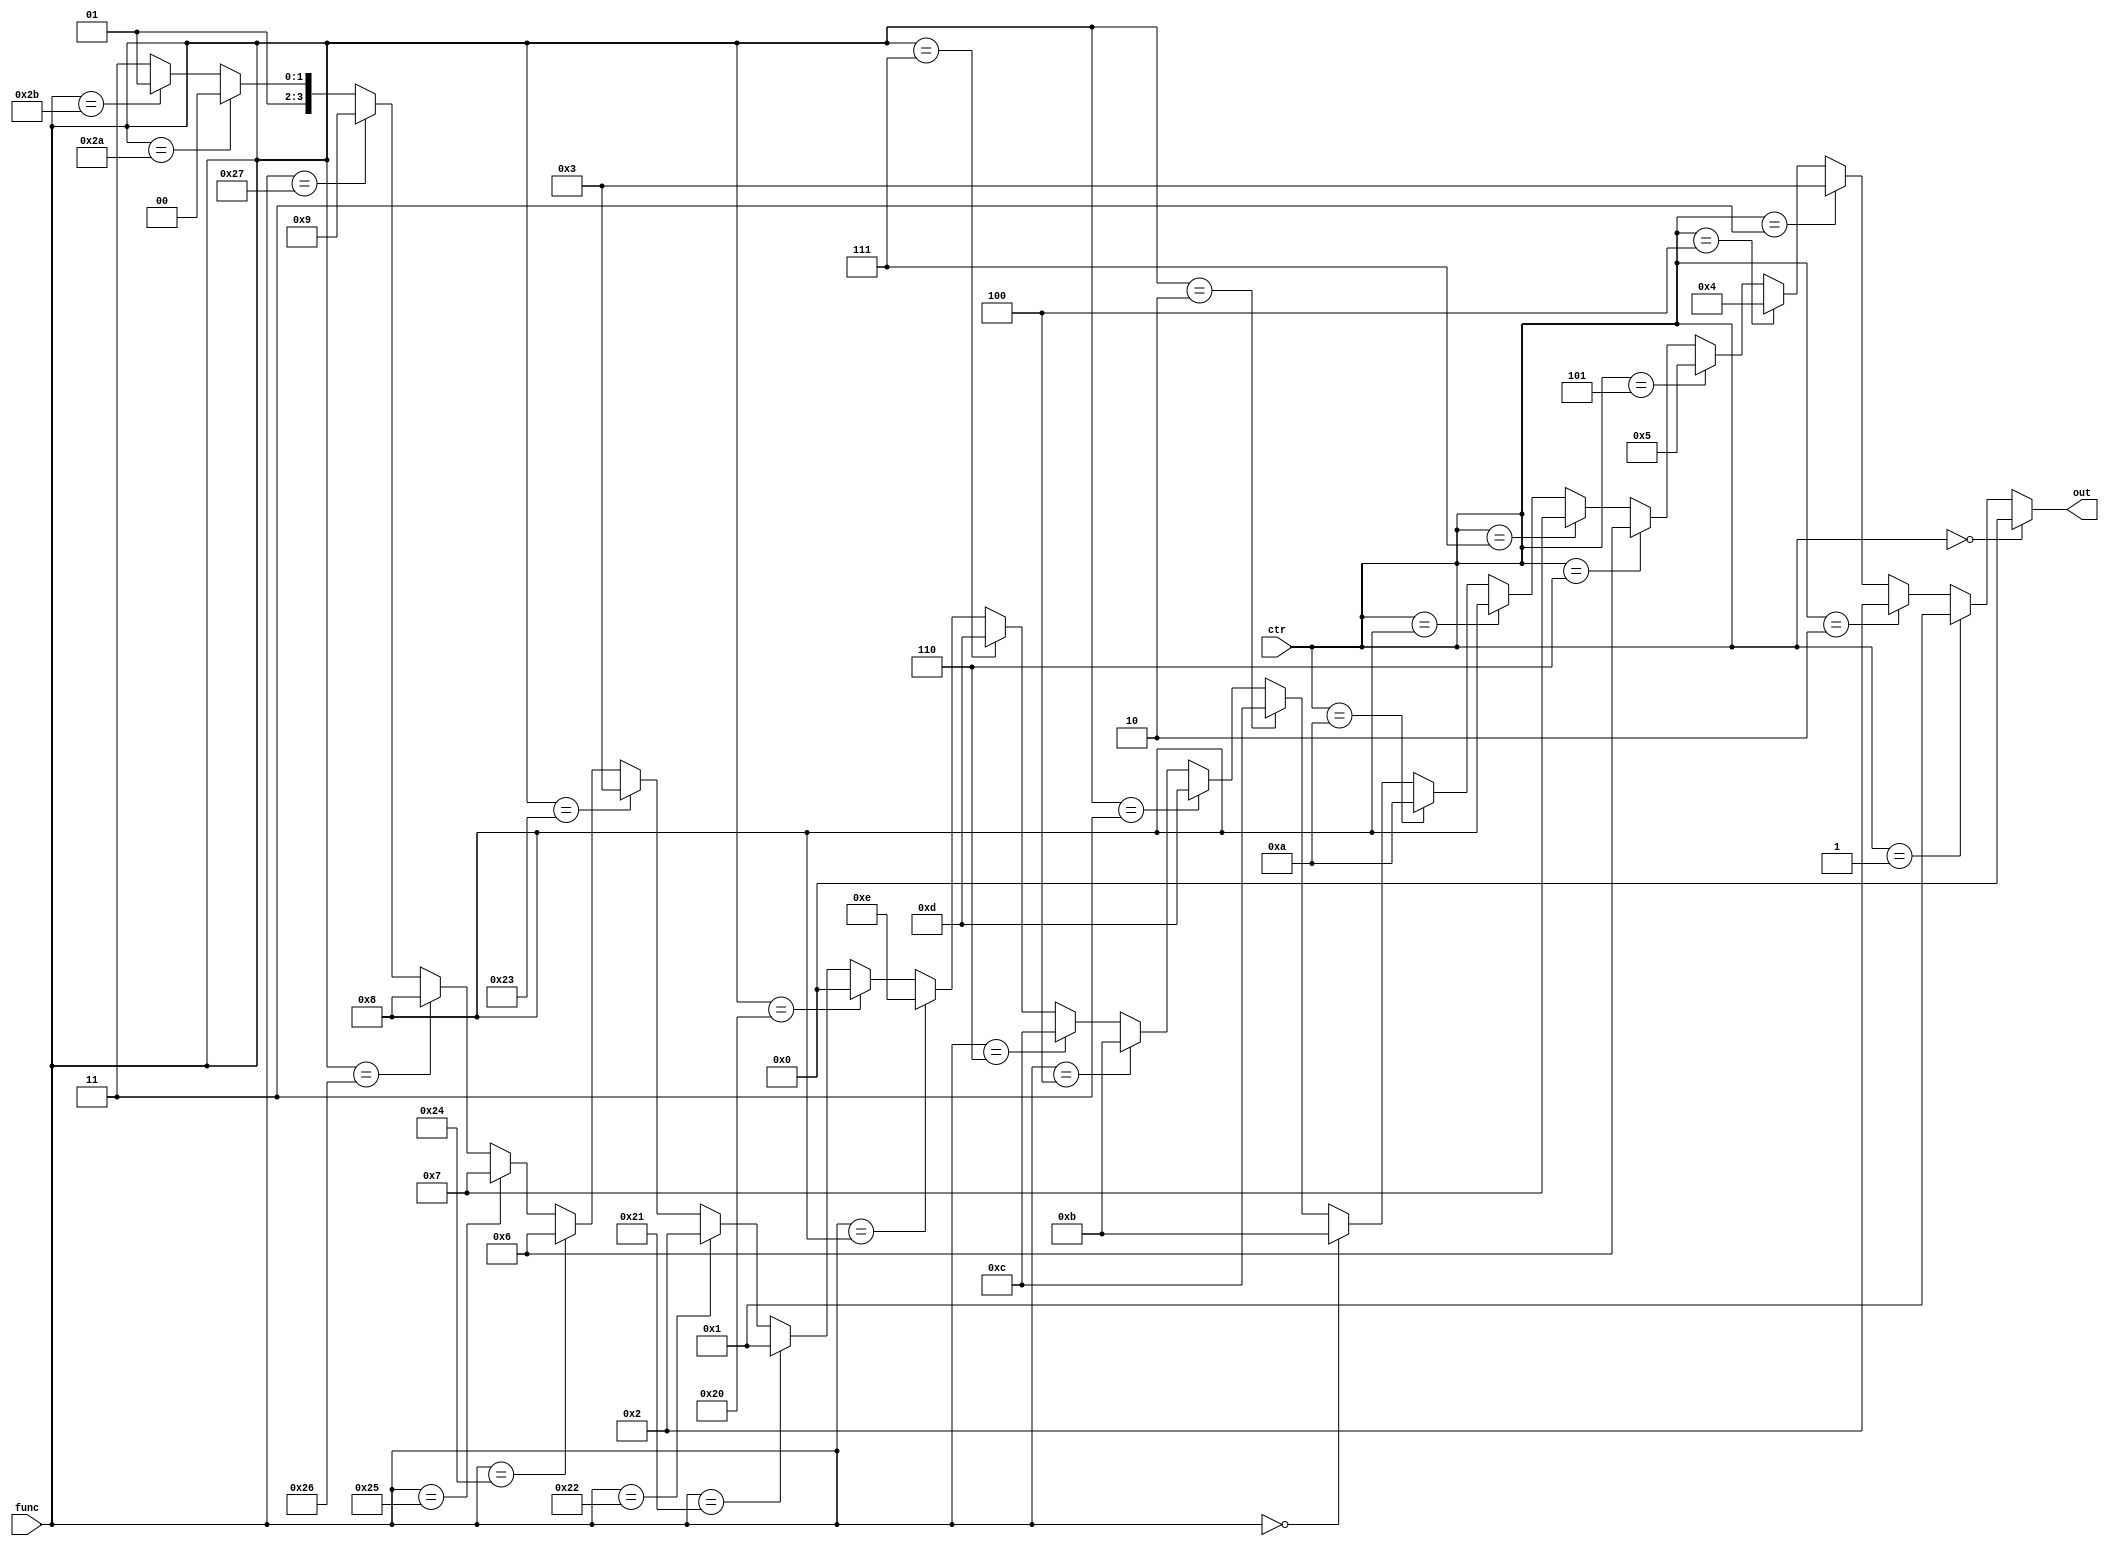
module alu_ctrl(func,ctr,out
    );
	input wire [5:0]func;
	input wire [3:0]ctr;
	output reg [3:0]out;
	//ALUop
	//+  0000
	//+u 0001
	//-  0010
	//-u 0011
	//<  0100
	//<u 0101
	//and0110
	//or 0111
	//xor1000
	//lui1010
	//cal1111
	initial begin
		out=4'hF;
	end
	always@* begin
		if     (ctr==4'b0000) out=4'b0000;//+
		else if(ctr==4'b0001) out=4'b0001;//+u
		else if(ctr==4'b0010) out=4'b0010;//-
		else if(ctr==4'b0011) out=4'b0011;//-u
		else if(ctr==4'b0100) out=4'b0100;//<
		else if(ctr==4'b0101) out=4'b0101;//<u
		else if(ctr==4'b0110) out=4'b0110;//and
		else if(ctr==4'b0111) out=4'b0111;//or
		else if(ctr==4'b1000) out=4'b1000;//xor
		else if(ctr==4'b1010) out=4'b1010;//lui
		else begin
			if		 (func==6'h00) out=4'b1011;//sll  000000
			else if(func==6'h02) out=4'b1100;//srl  000010
			else if(func==6'h03) out=4'b1101;//sra  000011
			else if(func==6'h04) out=4'b1011;//sllv 000100
			else if(func==6'h06) out=4'b1100;//srlv 000110
			else if(func==6'h07) out=4'b1101;//srav 000111
			else if(func==6'h08) out=4'b1110;//jr	 001000
			else if(func==6'h20) out=4'b0000;//add  100000
			else if(func==6'h21) out=4'b0001;//addu 100001
			else if(func==6'h22) out=4'b0010;//sub  100010
			else if(func==6'h23) out=4'b0011;//subu 100011
			else if(func==6'h24) out=4'b0110;//and  100100
			else if(func==6'h25) out=4'b0111;//or   100101
			else if(func==6'h26) out=4'b1000;//xor  100110
			else if(func==6'h27) out=4'b1001;//nor  100111
			else if(func==6'h2A) out=4'b0100;//slt  101010
			else if(func==6'h2B) out=4'b0101;//sltu 101011
			else out=3'b1111;
		end
	end
	//out
	//+  0000
	//+u 0001
	//-  0010
	//-u 0011
	//<  0100
	//<u 0101
	//and0110
	//or 0111
	//xor1000
	//nor1001
	//lui1010
	//sll1011
	//srl1100
	//sra1101
	//jr 1110
	//0  1111
endmodule